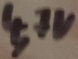
Text: 4,7V